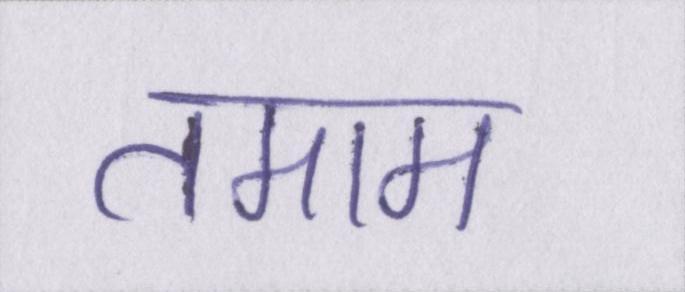
तमाम